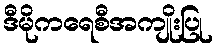
ဒီမိုကရေစီအကျိုးပြု